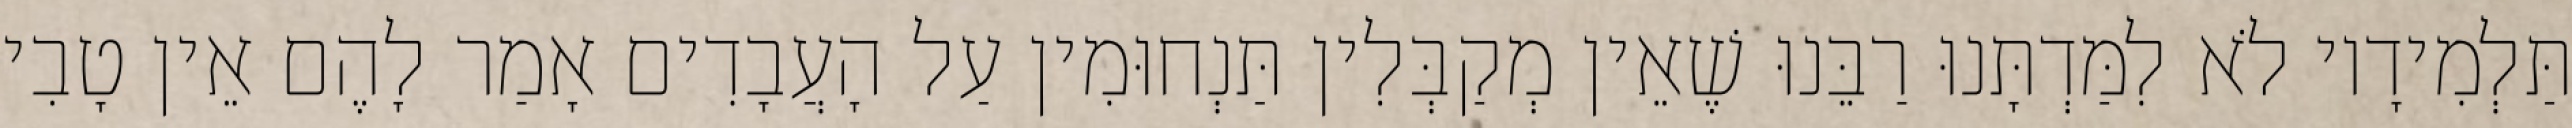
תַּלְמִידָיו לֹא לִמַּדְתָּנוּ רַבֵּנוּ שֶׁאֵין מְקַבְּלִין תַּנְחוּמִין עַל הָעֲבָדִים אָמַר לָהֶם אֵין טָבִי